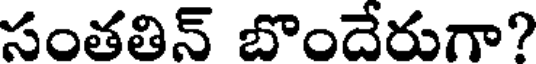
సంతతిన్ బొందేరుగా?